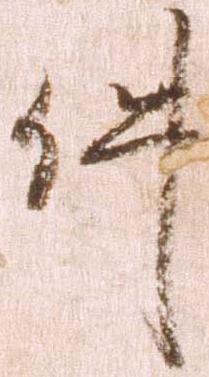
件